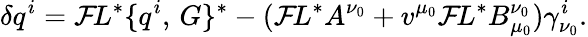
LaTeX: \delta q^{i}={\cal F}\! L^{*}\{ q^{i},\, G\} ^{*}-({\cal F}\! L^{*}A^{\nu_{0}}+v^{\mu_{0}}{\cal F}\! L^{*}B_{\mu_{0}}^{\nu_{0}})\gamma_{\nu_{0}}^{i}.